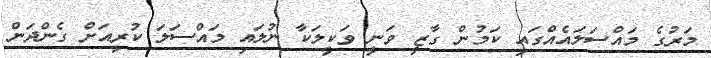
މަރުގެ މައްސަލައެއްގައި ކަމުން ގާޒީ ވަނީ ވަކީލަކާ ނުލައި މައްސަލަ ކުރިއަށް ގެންދަން